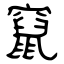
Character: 竄